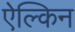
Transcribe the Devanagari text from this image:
ऐल्किन